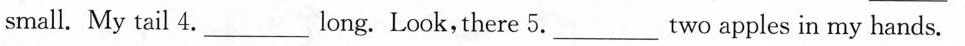
smal. My tail 4.___long. Look, there 5.___two apples in my hands.